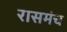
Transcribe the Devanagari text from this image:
रासमंच